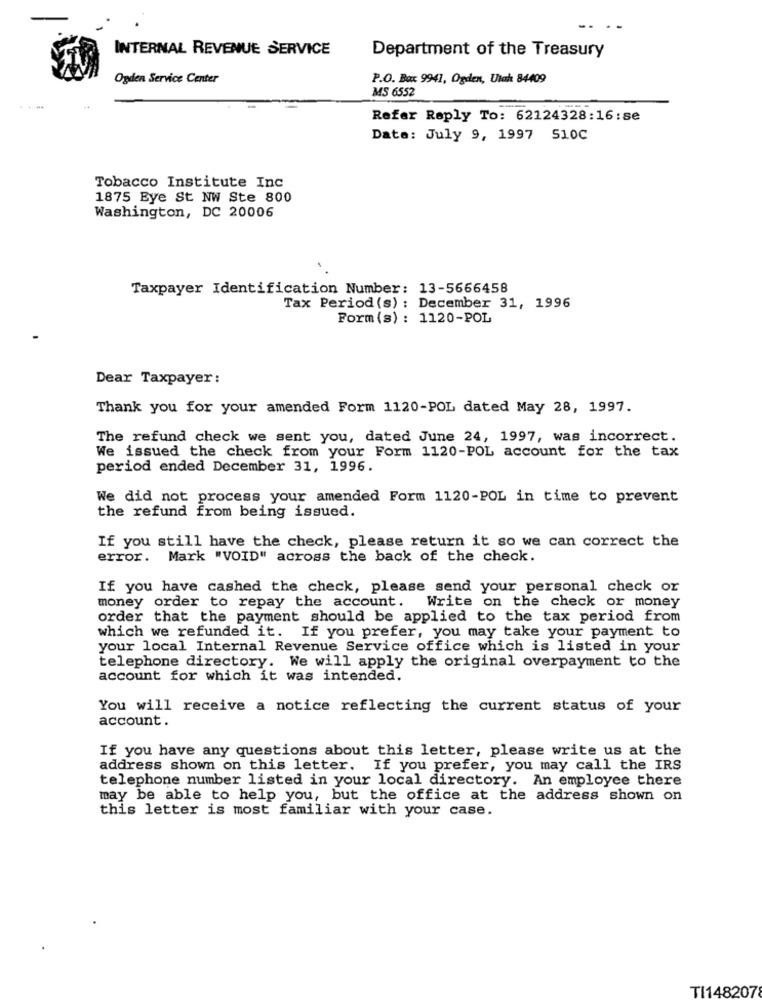
.. ..
INTERNAL REVENUE SERVICE
Department of the Treasury
Ogden Service Center
P.O. Box 9941, Ogden, Utah 84409
MS 6552
Refer Reply To: 62124328:16:se
Data: July 9, 1997 510C
Tobacco Institute Inc
1875 Eye St NW Ste 800
Washington, DC 20006
Taxpayer Identification Number: 13-5666458
Tax Period (s) : December 31, 1996
Form (s) : 1120-POL
Dear Taxpayer :
Thank you for your amended Form 1120-POL dated May 28, 1997.
The refund check we sent you, dated June 24, 1997, was incorrect.
We issued the check from your Form 1120-POL account for the tax
period ended December 31, 1996.
We did not process your amended Form 1120-POL in time to prevent
the refund from being issued.
If you still have the check, please return it so we can correct the
error. Mark "VOID" across the back of the check.
If you have cashed the check, please send your personal check or
money order to repay the account.
Write on the check or money
order that the payment should be applied to the tax period from
which we refunded it. If you prefer, you may take your payment to
your local Internal Revenue Service office which is listed in your
telephone directory. We will apply the original overpayment to the
account for which it was intended.
You will receive a notice reflecting the current status of your
account.
If you have any questions about this letter, please write us at the
address shown on this letter. If you prefer, you may call the IRS
telephone number listed in your local directory. An employee there
may be able to help you, but the office at the address shown on
this letter is most familiar with your case.
TI1482078